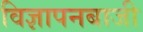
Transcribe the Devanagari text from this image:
विज्ञापनबाजी